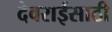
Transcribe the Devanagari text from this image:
देवराईसाठी